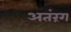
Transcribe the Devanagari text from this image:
अतंरंग